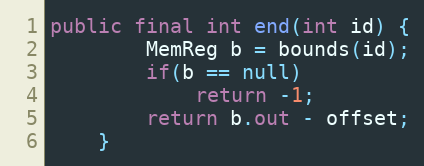
Language: Java
public final int end(int id) {
        MemReg b = bounds(id);
        if(b == null)
            return -1;
        return b.out - offset;
    }